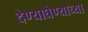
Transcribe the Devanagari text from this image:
देण्याघेण्याच्या